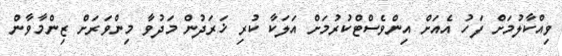
ވިއްކާލުމަށް ފަހު އެއަށް އިންވެސްޓްކުރުމަށް އަލަކާ ކުރި ޚަރަދުން މަދުވާ މިންވަރަށް ޒިންމާވާން